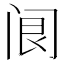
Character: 𨸄